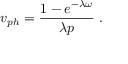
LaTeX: v _ { p h } = \frac { 1 - e ^ { - \lambda \omega } } { \lambda p } ~ .